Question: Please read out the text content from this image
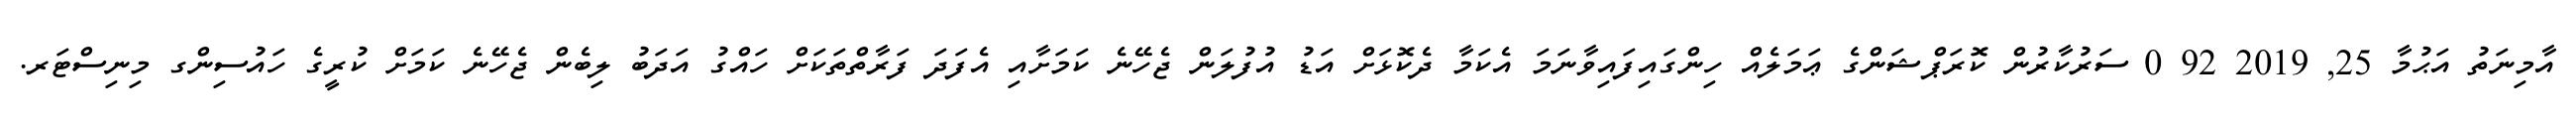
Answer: އާމިނަތު އަޙުމާ 25, 2019 92 0 ސަރުކާރުން ކޮރަޕްޝަންގެ ޢަމަލެއް ހިންގައިފައިވާނަމަ އެކަމާ ދެކޮޅަށް އަޑު އުފުލަން ޖެހޭނެ ކަމަށާއި އެފަދަ ފަރާތްތަކަށް ހައްގު އަދަބު ލިބެން ޖެހޭނެ ކަމަށް ކުރީގެ ހައުސިންގ މިނިސްޓަރ.